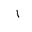
Letter: _alif